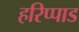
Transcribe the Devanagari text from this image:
हरिप्पाड